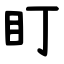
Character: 盯